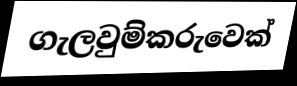
ගැලවුම්කරුවෙක්